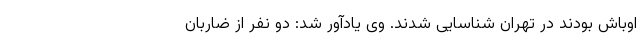
اوباش بودند در تهران شناسایی شدند. وی یادآور شد: دو نفر از ضاربان